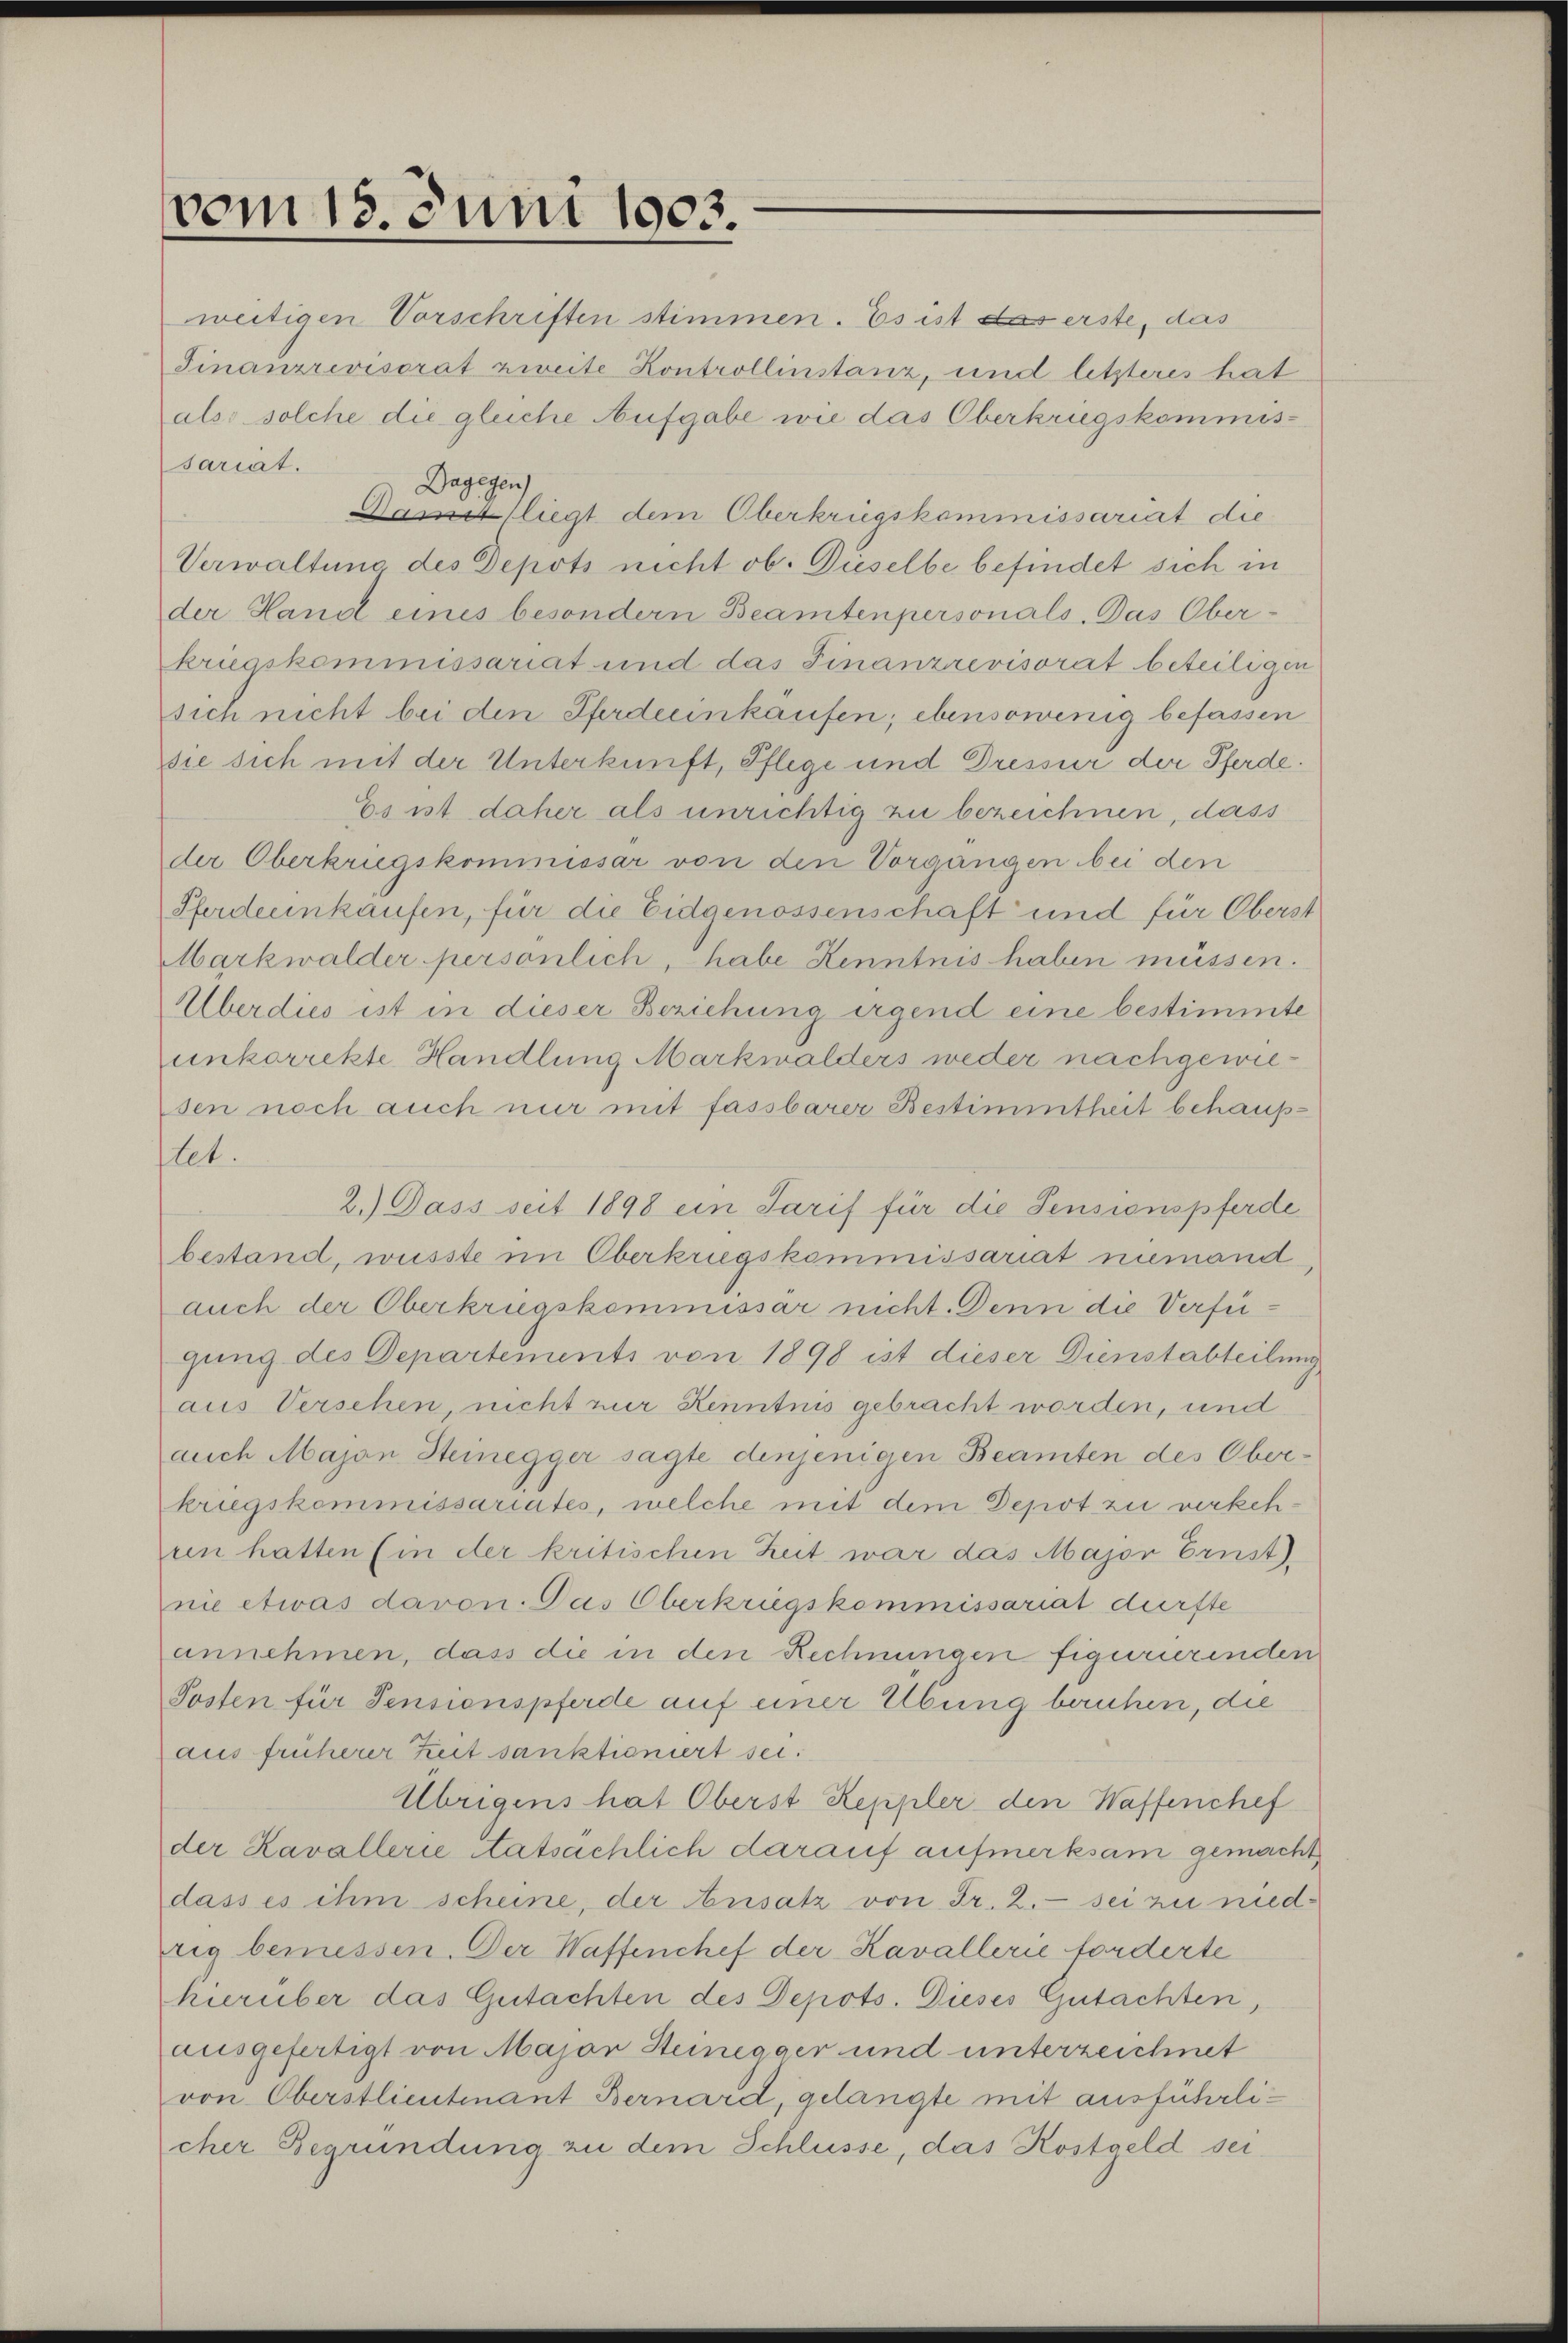
vom 15. Juni 1903.

weitigen Vorschriften stimmen. Es ist das erste, das
Finanzrevisorat zweite Kontrollinstanz, und letzteres hat
also solche die gleiche Aufgabe wie das Oberkrugskommis-
sariat.
Dagegen
Da liegt dem Oberkrügskommissariat die
Verwaltung des Depots nicht ob. Düselbe befindet sich in
der Hand eines besondern Beamtenpersonals. Das Oberkriegskommissariat und das Finanzrevisorat beteiligen
sich nicht bei den Pferdeeinkäufen; ebensowenig befassen
sie sich mit der Unterkunft, Pflege und Dressur der Pferde.
Es ist daher als unrichtig zu bezeichnen, dass
der Oberkriegskommissar von den Vorgangen bei den
Pferdenkaufen, für die Eidgenossenschaft und für Oberst
Markwalder persönlich, habe Kenntnis haben müssen.
Überdies ist in dieser Beziehung irgend eine bestimmte
unkorrekte Handlung Markwalders weder nachgewiesen noch auch nur mit fassbarer Bestimmtheit behauptet.
2.) Dass seit 1898 ein Sarif für die Sensionspferde
bestand, wusste im Oberkriegskommissariat niemand
auch der Oberkrugskommissar nicht. Denn die Verfügung des Departements von 1898 ist dieser Dienstabteilung
aus Verschen, nicht zur Kenntnis gebracht worden, und
auch Majon Steinegger sagte denjenigen Beamten des Oberkriegskommissariates, welche mit dem Depot zu verkeheen hatten (in der kritischen Zeit war das Major Ernst
nie etwas davon. Das Oberkriegskommissariat durfte
annehmen, dass die in den Rechnungen figurirenden
Posten für Pensionspferde auf einer Übung beruhen, die
aus früherer Zeit sanktioniert sei.
Übrigens hat Oberst Reppler den Waffenchef
der Kavallerie tatsächlich darauf aufmerksam gemacht
dass es ihm scheine, der Ansatz von Fr. 2.- sei zu niedrig bemessen. Der Waffenchef der Kavallerie forderte
hierüber das Gutachten des Depots. Dieses Gutachten,
ausgefertigt von Major Steinegger und unterzeichnet
von Oberstlieutenant Bernard, gelangte mit ausführlicher Begründung zu dem Schlüsse, das Kostgeld sei¬